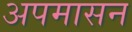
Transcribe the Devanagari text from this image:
अपमासन